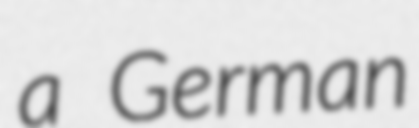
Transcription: a German